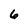
Character: 6